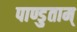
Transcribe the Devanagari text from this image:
पाण्डुताम्‌